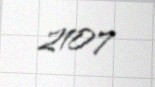
2107